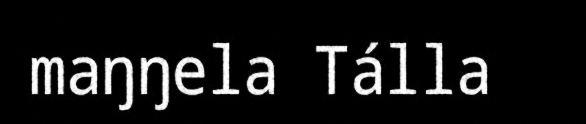
maŋŋela Tálla